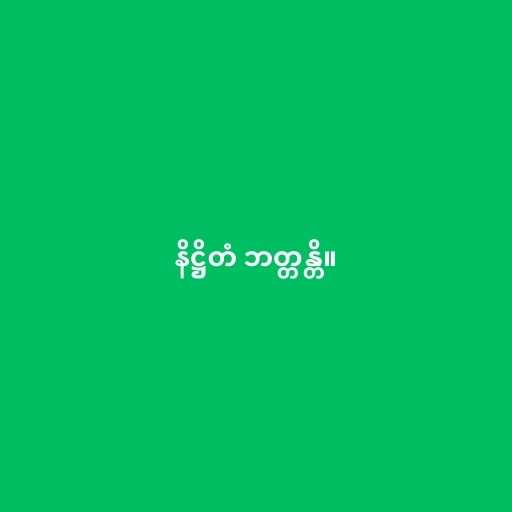
နိဋ္ဌိတံ ဘတ္တန္တိ။